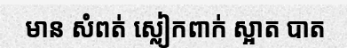
មាន សំពត់ ស្លៀកពាក់ ស្អាត បាត